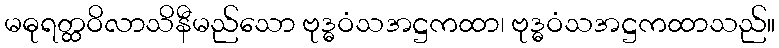
မဓုရတ္ထဝိလာသိနီမည်သော ဗုဒ္ဓဝံသအဋ္ဌကထာ၊ ဗုဒ္ဓဝံသအဋ္ဌကထာသည်။